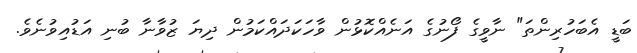
ބަޑީ އެބަހުރިންތަ" ނާވީގެ ފޯނުގެ އަނެއްކޮޅުން ވާހަކަދައްކަމުން ދިޔަ ޒުވާނާ ބުނި އަޑުއިވުނެވެ.